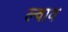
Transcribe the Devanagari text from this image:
ल्वाव